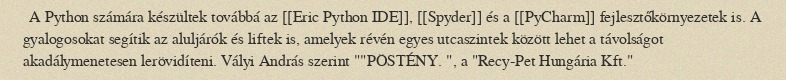
A Python számára készültek továbbá az [[Eric Python IDE]], [[Spyder]] és a [[PyCharm]] fejlesztőkörnyezetek is. A gyalogosokat segítik az aluljárók és liftek is, amelyek révén egyes utcaszintek között lehet a távolságot akadálymenetesen lerövidíteni. Vályi András szerint ""PÖSTÉNY. ", a "Recy-Pet Hungária Kft."